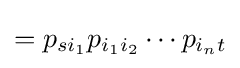
=p_{si_{1}}p_{i_{1}i_{2}}\cdots p_{i_{n}t}